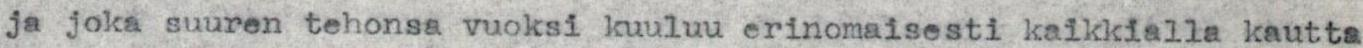
ja joka suuren tehonsa vuoksi kuuluu erinomaisesti kaikkialla kautta